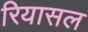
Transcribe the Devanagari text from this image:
रियासल